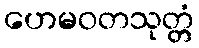
ဟေမဝတသုတ္တံ